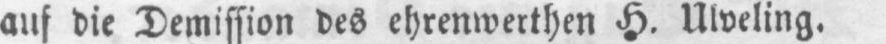
auf die Demission des ehrenwerthen H. Ulveling.